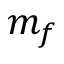
m _ { f }